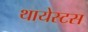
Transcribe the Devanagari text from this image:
थायेस्टस